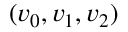
( v _ { 0 } , v _ { 1 } , v _ { 2 } )